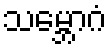
သမ္ဘောဂံ